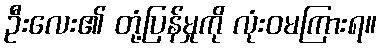
ဦးလေး၏ တုံ့ပြန်မှုကို လုံးဝမကြားရ။